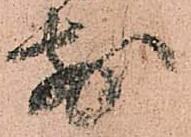
前